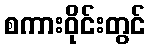
စကားဝိုင်းတွင်